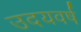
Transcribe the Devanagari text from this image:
उदयवर्ष